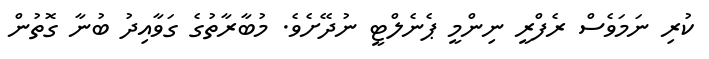
ކުރި ނަމަވެސް ރެފްރީ ނިންމީ ޕެނެލްޓީ ނުދޭށެވެ. މުބާރާތުގެ ގަވާއިދު ބުނާ ގޮތުން